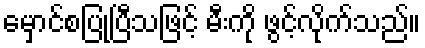
မှောင်စပြုပြီသဖြင့် မီးကို ဖွင့်လိုက်သည်။